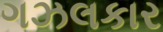
ગઝલકાર